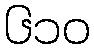
၆၁၀